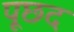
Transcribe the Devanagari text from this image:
पूछद